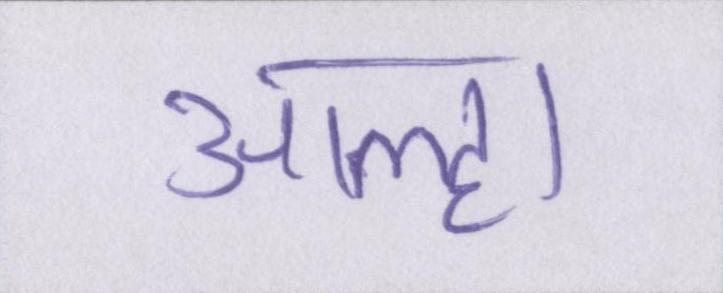
आल्हा